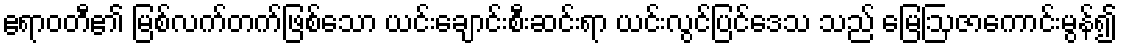
ဧရာဝတီ၏ မြစ်လက်တက်ဖြစ်သော ယင်းချောင်းစီးဆင်းရာ ယင်းလွင်ပြင်ဒေသ သည် မြေဩဇာကောင်းမွန်၍